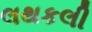
લથકલી